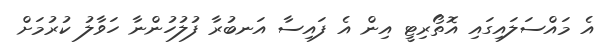
އެ މައްސަލައިގައި އޮތޯރިޓީ އިން އެ ފައިސާ އަނބުރާ ފުލުހުންނާ ހަވާލު ކުރުމަށް